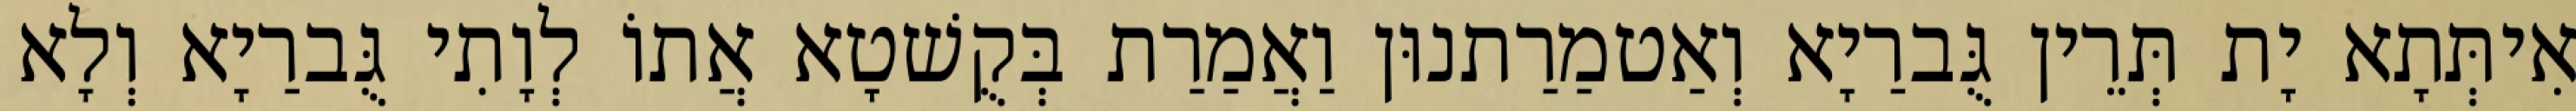
אִיתְּתָא יָת תְּרֵין גֻּברַיָא וְאַטמַרַתנוּן וַאֲמַרַת בְּקֻשׁטָא אֲתוֹ לְוָתִי גֻּברַיָא וְלָא